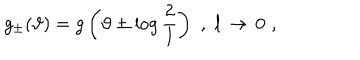
LaTeX: g _ { \pm } ( \vartheta ) = g \left( \vartheta \pm \log \displaystyle \frac { 2 } { l } \right) \, \, , \, \, l \, \rightarrow \, 0 \, \, ,